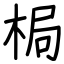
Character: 梮